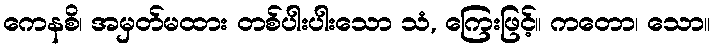
ကေနစိ၊ အမှတ်မထား တစ်ပါးပါးသော သံ, ကြေးဖြင့်။ ကတော၊ သော။